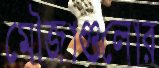
মৌজাগুলোর